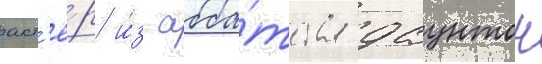
акт'ё́р и́з абба́тства даунтон